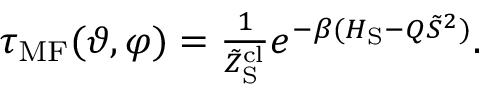
\begin{array} { r } { \tau _ { \mathrm { M F } } ( \vartheta , \varphi ) = \frac { 1 } { \tilde { Z } _ { \mathrm { S } } ^ { \mathrm { c l } } } e ^ { - \beta ( H _ { \mathrm { S } } - Q \tilde { S } ^ { 2 } ) } . } \end{array}